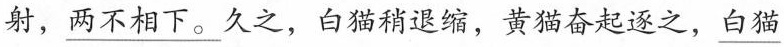
射，\underline{两不相下}。久之，白猫稍退缩，黄猫奋起逐之，\underline{白猫}